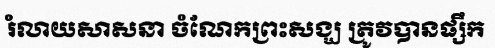
រំលាយសាសនា ចំណែកព្រះសង្ឃ ត្រូវបានផ្សឹក